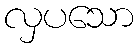
လှပသော